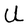
Character: U